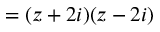
= ( z + 2 i ) ( z - 2 i )